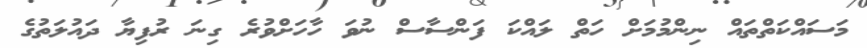
މަސައްކަތްތައް ނިންމުމަށް ހަތް ލައްކަ ފަންސާސް ނުވަ ހާހަށްވުރެ ގިނަ ރުފިޔާ ދައުލަތުގެ